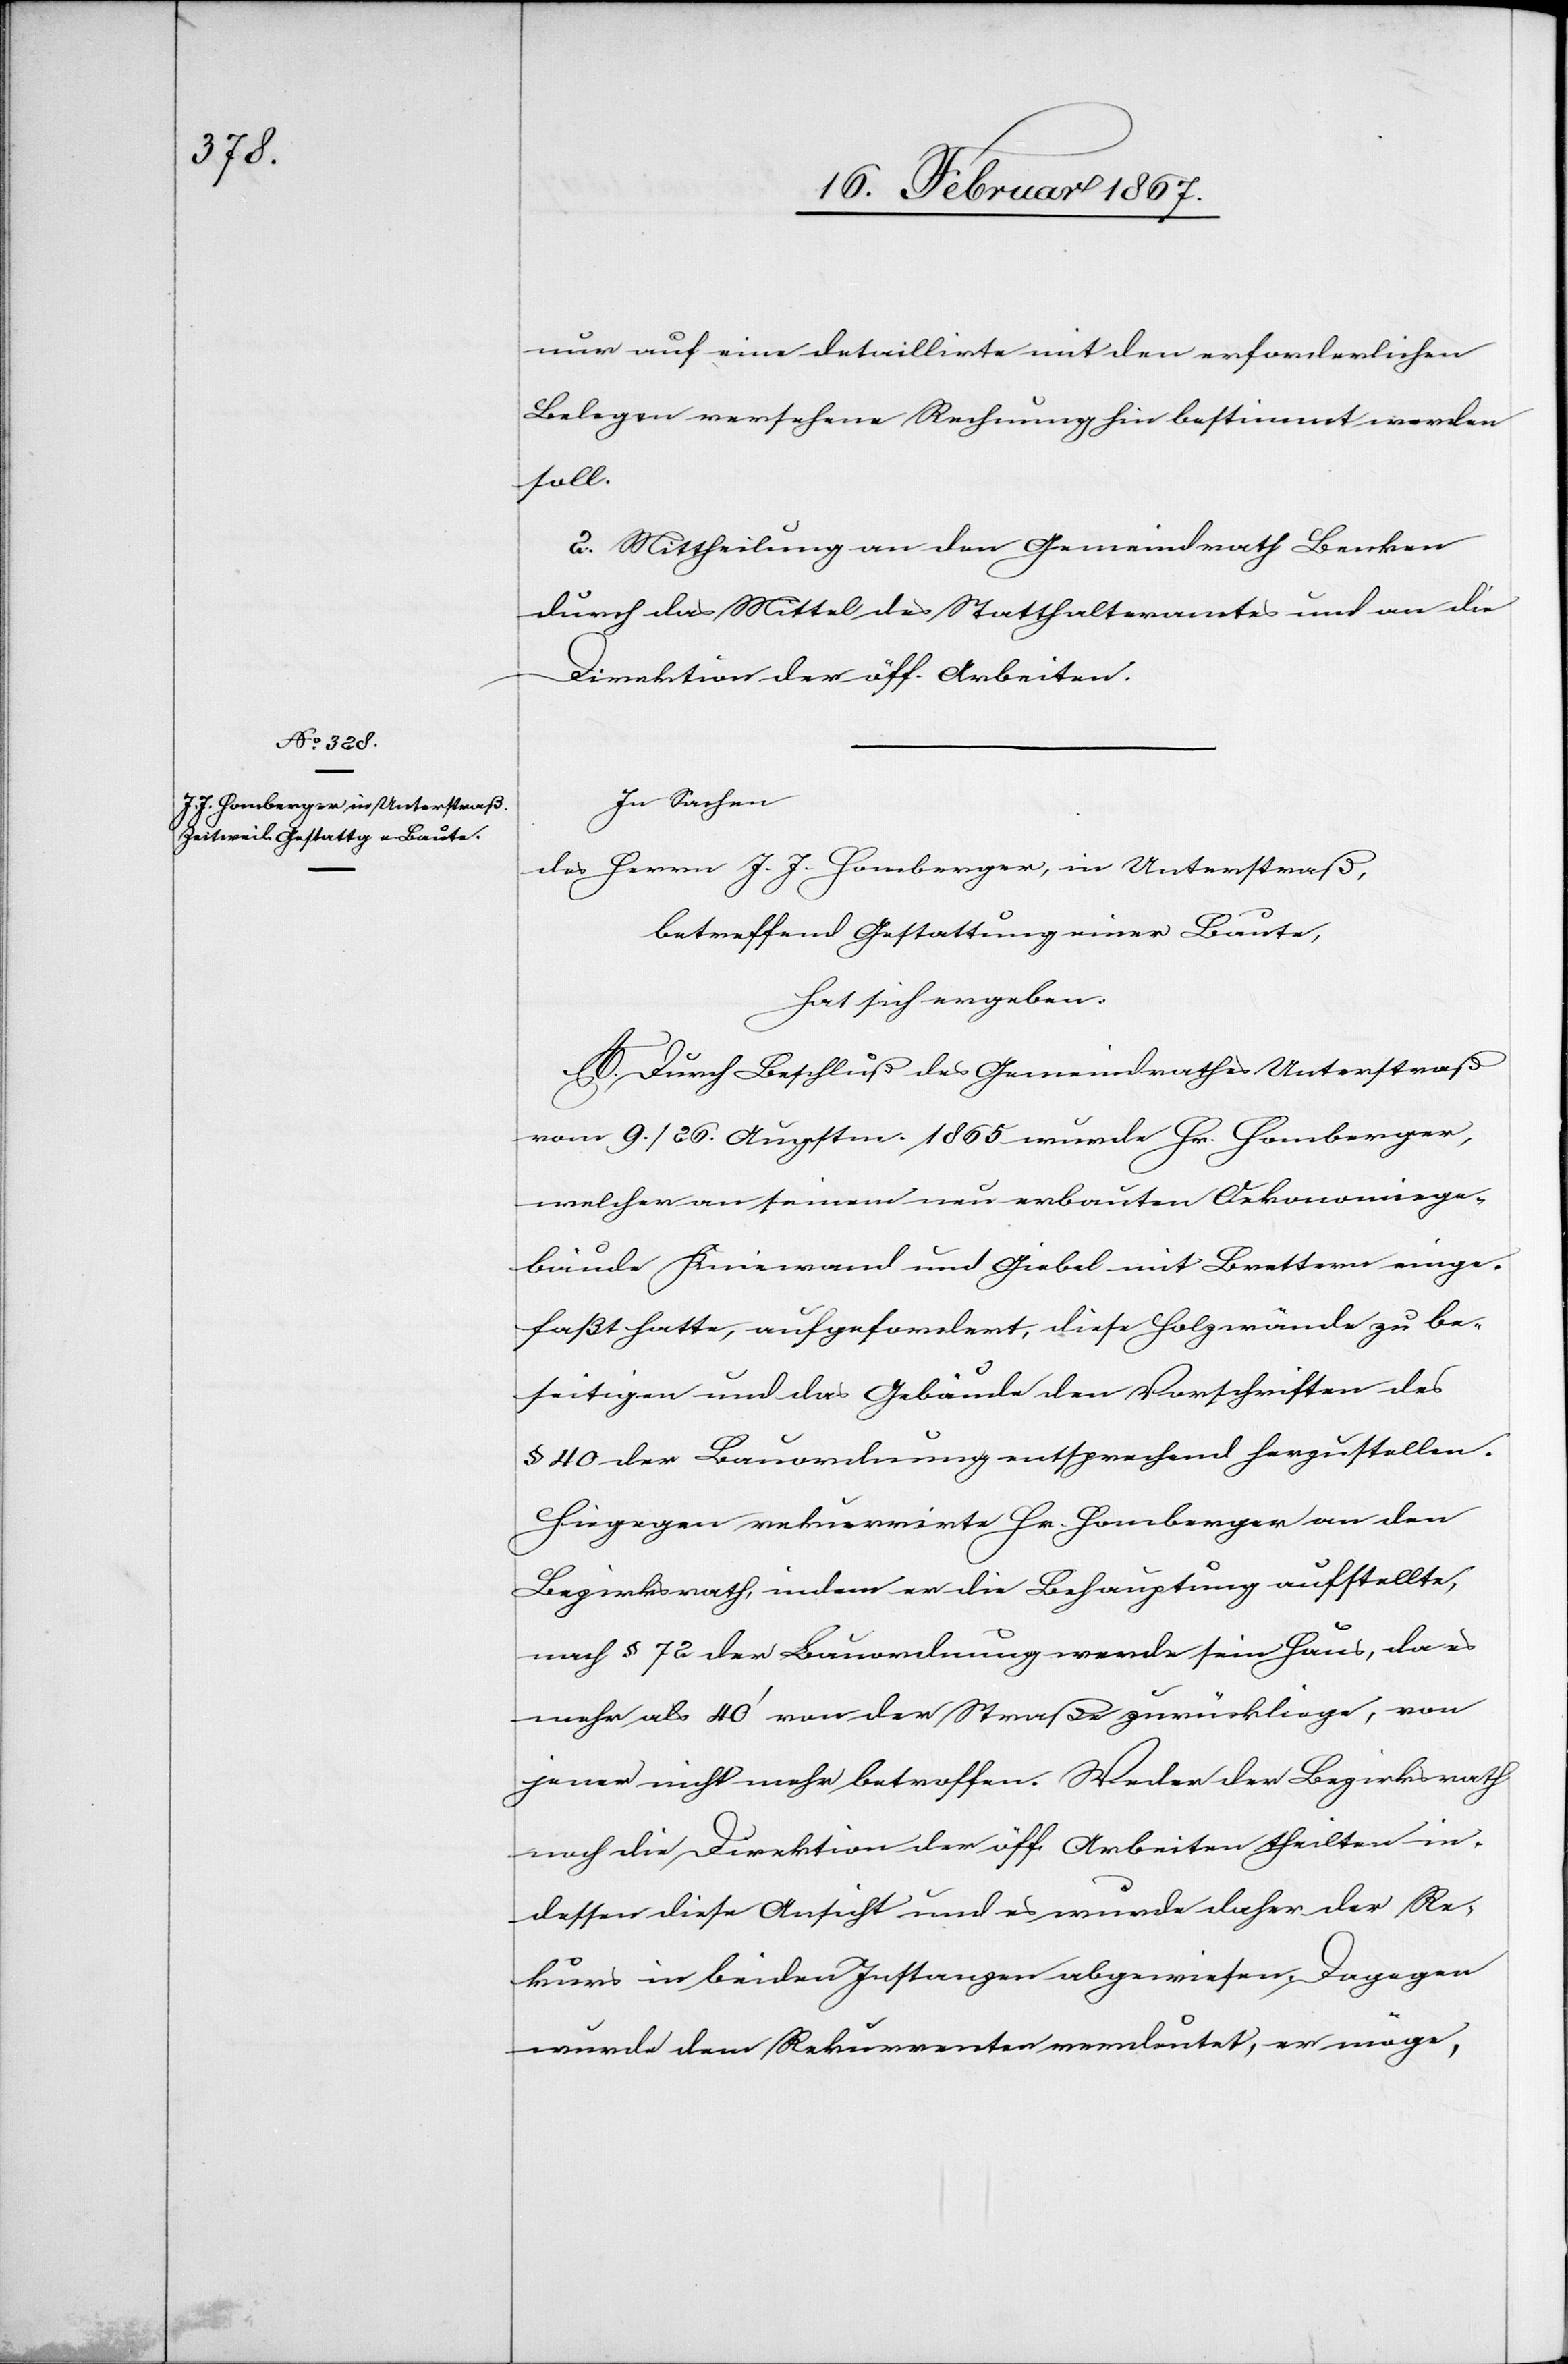
nur auf eine detaillirte mit den erforderlichen
Belegen versehene Rechnung hin bestimmt werden
soll.
2. Mittheilung an den Gemeindrath Benken
durch das Mittel des Statthalteramtes und an die
Direktion der öff. Arbeiten.
In Sachen
des Herrn J. J. Homberger, in Unterstraß,
betreffend Gestattung einer Baute,
hat sich ergeben:
A. Durch Beschluß des Gemeindrathes Unterstraß
vom 9. / 26. Augstm. 1865 wurde Hr. Homberger,
welcher an seinem neu erbauten Oekonomiege¬
bäude Kniewand und Giebel mit Brettern einge¬
faßt hatte, aufgefordert, diese Holzwände zu be¬
seitigen und das Gebäude den Vorschriften des
§ 40 der Bauordnung entsprechend herzustellen.
Hiegegen rekurrirte Hr. Homberger an den
Bezirksrath, indem er die Behauptung aufstellte,
nach § 72 der Bauordnung werde sein Haus, da es
mehr als 40’ von der Straße zurückliege, von
jener nicht mehr betroffen. Weder der Bezirksrath
noch die Direktion der öff. Arbeiten theilten in¬
dessen diese Ansicht und es wurde daher der Re¬
kurs in beiden Instanzen abgewiesen. Dagegen
wurde dem Rekurrenten verdeutet, er möge,